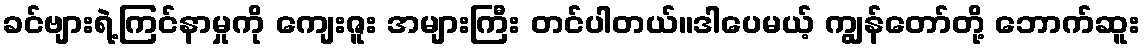
ခင်ဗျားရဲ့ကြင်နာမှုကို ကျေးဇူး အများကြီး တင်ပါတယ်။ဒါပေမယ့် ကျွန်တော်တို့ ဘောက်ဆူး